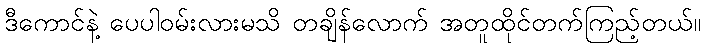
ဒီကောင်နဲ့ ပေပါဝမ်းလားမသိ တချိန်လောက် အတူထိုင်တက်ကြည့်တယ်။